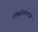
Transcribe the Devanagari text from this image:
टॉक्सीकोलॉजी